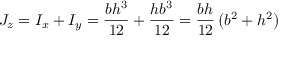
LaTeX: J _ { z } = I _ { x } + I _ { y } = { \frac { b h ^ { 3 } } { 1 2 } } + { \frac { h b ^ { 3 } } { 1 2 } } = { \frac { b h } { 1 2 } } \left( b ^ { 2 } + h ^ { 2 } \right)